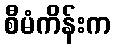
စီမံကိန်းက